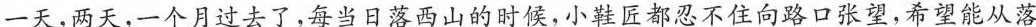
一天，两天，一个月过去了，每当日落西山的时候，小鞋匠都忍不住向路口张望，希望能从落